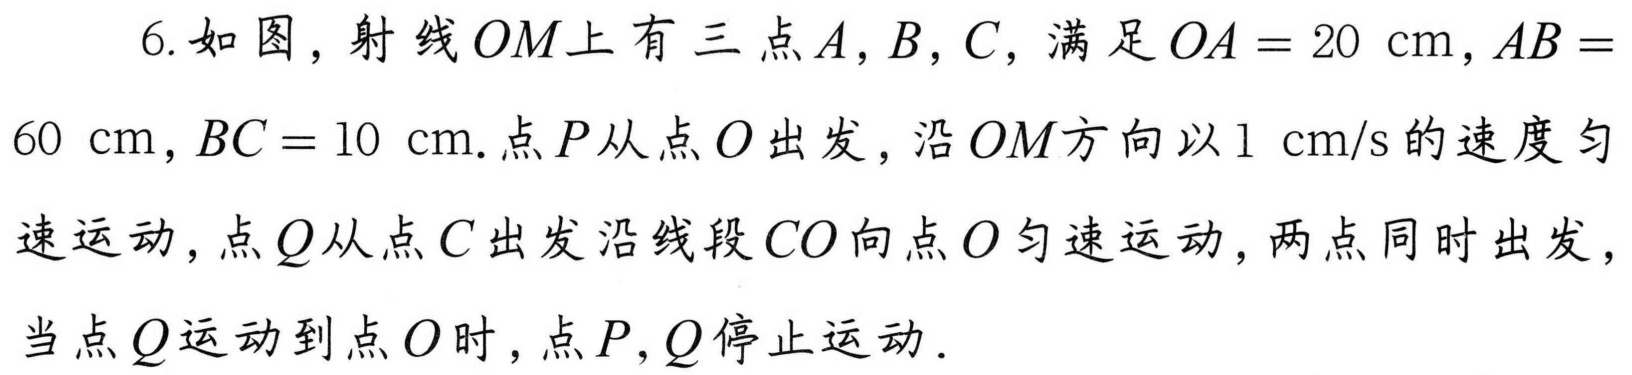
6. 如图，射线\(OM\)上有三点\(A,B,C\)，满足\(OA = 20\mathrm{cm},AB = 60\mathrm{cm},BC = 10\mathrm{cm}\). 点\(P\)从点\(O\)出发，沿\(OM\)方向以\(1\mathrm{cm/s}\)的速度匀速运动，点\(Q\)从点\(C\)出发沿线段\(CO\)向点\(O\)匀速运动，两点同时出发，当点\(Q\)运动到点\(O\)时，点\(P,Q\)停止运动.